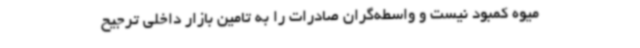
میوه کمبود نیست و واسطه‌گران صادرات را به تامین بازار داخلی ترجیح